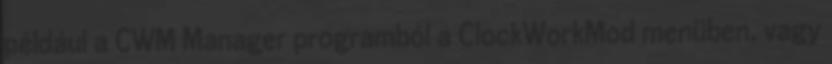
például a CWM Manager programból a ClockWorkMod menüben, vagy